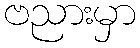
ဗညားမှာ